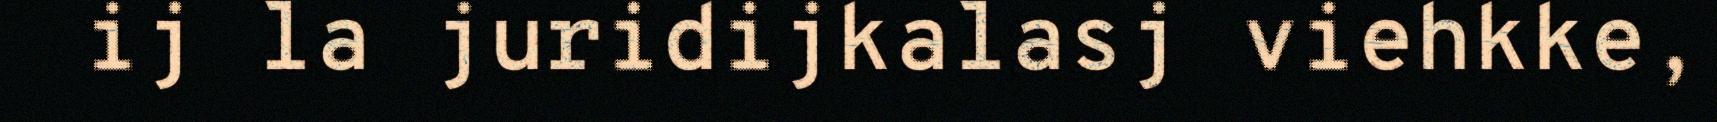
ij la juridijkalasj viehkke,